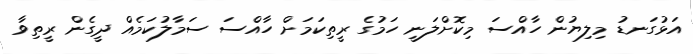
އަޅުގަނޑު މިލިޔުން ހާއްސަ މިކޮށްލަނީ ހަމުގެ ރީތިކަމަށް ހާއްސަ ސަމާލުކަމެއް ދީގެން ރީތިވާ